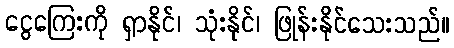
ငွေကြေးကို ရှာနိုင်၊ သုံးနိုင်၊ ဖြုန်းနိုင်သေးသည်။